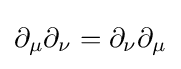
\partial _{\mu }\partial _{\nu }=\partial _{\nu }\partial _{\mu }